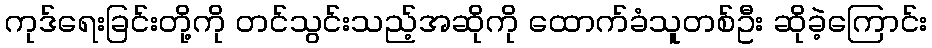
ကုဒ်ရေးခြင်းတို့ကို တင်သွင်းသည့်အဆိုကို ထောက်ခံသူတစ်ဦး ဆိုခဲ့ကြောင်း